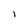
Character: l